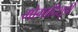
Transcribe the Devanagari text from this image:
मोगादिशूची